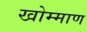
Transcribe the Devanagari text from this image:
खोम्माण